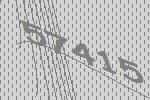
57415